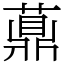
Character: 薡